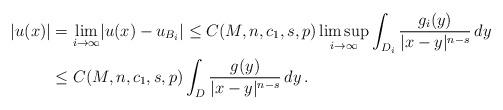
LaTeX: \begin{align*}\lvert u(x)\rvert &=\lim_{i\to\infty} \lvert u(x)-u_{B_i}\rvert \le C(M,n,c_1,s,p) \limsup_{i\to\infty} \int_{D_i}\frac{g_i(y)}{\lvert x-y\rvert^{n-s}}\,dy\\&\le C(M,n,c_1,s,p) \int_D \frac{g(y)}{\lvert x-y\rvert^{n-s}}\,dy\,.\end{align*}